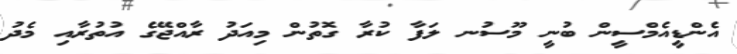
އެންޑީއެމްސީން ބުނީ މޫސުނ ލަފާ ކުރާ ގޮތުން މިއަދު ރާއްޖޭގެ އުތުރާއި މެދު